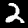
Label: 2